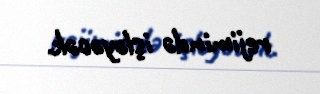
rejimində işləyəcək.